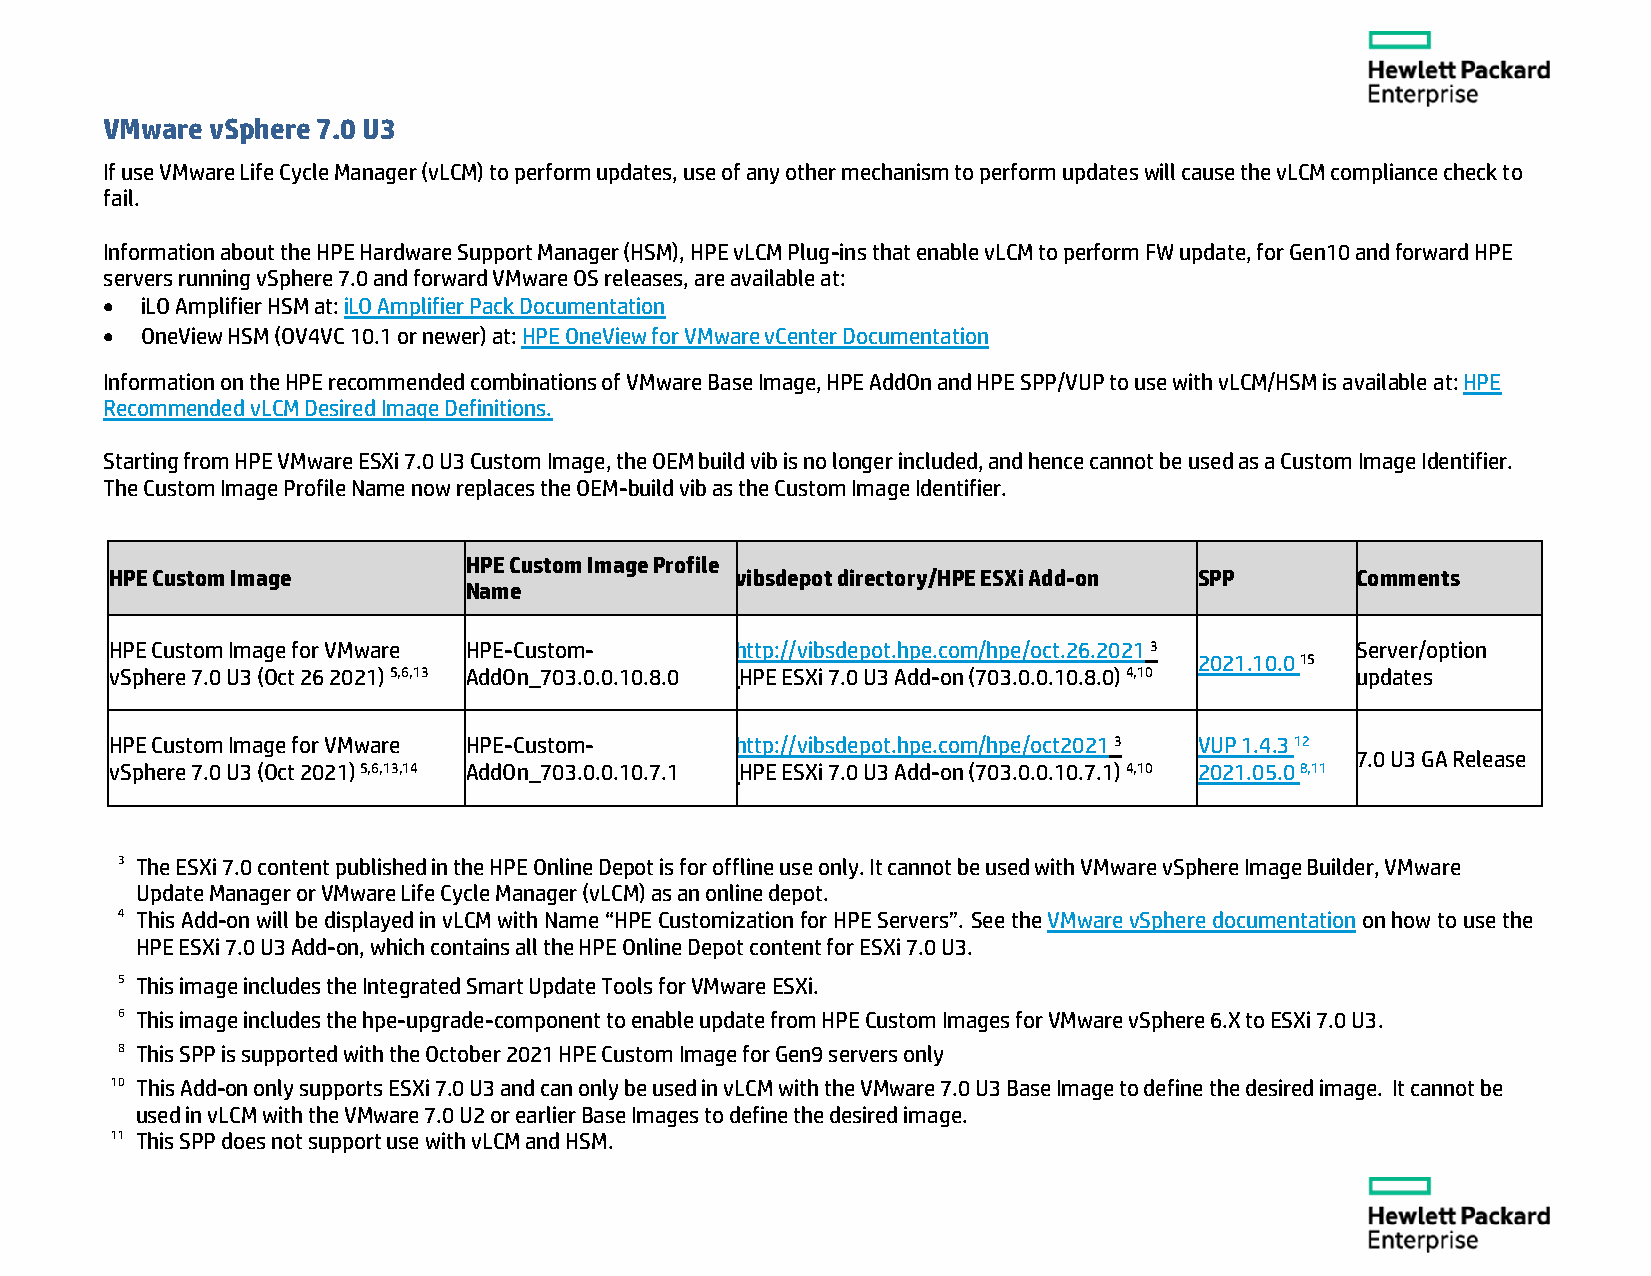
VMware vSphere 7.0 U3
 If use VMware Life Cycle Manager (vLCM) to perform updates, use of any other mechanism to perform updates will cause the vLCM compliance check to
 fail.
 Information about the HPE Hardware Support Manager (HSM), HPE vLCM Plug-ins that enable vLCM to perform FW update, for Gen10 and forward HPE
 servers running vSphere 7.0 and forward VMware OS releases, are available at:
  iLO Amplifier HSM at: iLO Amplifier Pack Documentation
  OneView HSM (OV4VC 10.1 or newer) at: HPE OneView for VMware vCenter Documentation
 Information on the HPE recommended combinations of VMware Base Image, HPE AddOn and HPE SPP/VUP to use with vLCM/HSM is available at: HPE
 Recommended vLCM Desired Image Definitions.
 Starting from HPE VMware ESXi 7.0 U3 Custom Image, the OEM build vib is no longer included, and hence cannot be used as a Custom Image Identifier.
 The Custom Image Profile Name now replaces the OEM-build vib as the Custom Image Identifier.
 HPE Custom Image Profile
 HPE Custom Image                          vibsdepot directory/HPE ESXi Add-on SPP  Comments
 Name
 HPE Custom Image for VMware HPE-Custom-   http://vibsdepot.hpe.com/hpe/oct.26.2021 3 Server/option
 2021.10.0 15
 vSphere 7.0 U3 (Oct 26 2021) 5,6,13 AddOn_703.0.0.10.8.0 HPE ESXi 7.0 U3 Add-on (703.0.0.10.8.0) 4,10 updates
 HPE Custom Image for VMware HPE-Custom-   http://vibsdepot.hpe.com/hpe/oct2021 3 VUP 1.4.3 12
 7.0 U3 GA Release
 vSphere 7.0 U3 (Oct 2021) 5,6,13,14 AddOn_703.0.0.10.7.1 HPE ESXi 7.0 U3 Add-on (703.0.0.10.7.1) 4,10 2021.05.0 8,11
 3 The ESXi 7.0 content published in the HPE Online Depot is for offline use only. It cannot be used with VMware vSphere Image Builder, VMware
 Update Manager or VMware Life Cycle Manager (vLCM) as an online depot.
 4 This Add-on will be displayed in vLCM with Name “HPE Customization for HPE Servers”. See the VMware vSphere documentation on how to use the
 HPE ESXi 7.0 U3 Add-on, which contains all the HPE Online Depot content for ESXi 7.0 U3.
 5 This image includes the Integrated Smart Update Tools for VMware ESXi.
 6 This image includes the hpe-upgrade-component to enable update from HPE Custom Images for VMware vSphere 6.X to ESXi 7.0 U3.
 8 This SPP is supported with the October 2021 HPE Custom Image for Gen9 servers only
 10 This Add-on only supports ESXi 7.0 U3 and can only be used in vLCM with the VMware 7.0 U3 Base Image to define the desired image. It cannot be
 used in vLCM with the VMware 7.0 U2 or earlier Base Images to define the desired image.
 11 This SPP does not support use with vLCM and HSM.